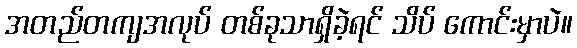
အတည်တကျအလုပ် တစ်ခုသာရှိခဲ့ရင် သိပ် ကောင်းမှာပဲ။